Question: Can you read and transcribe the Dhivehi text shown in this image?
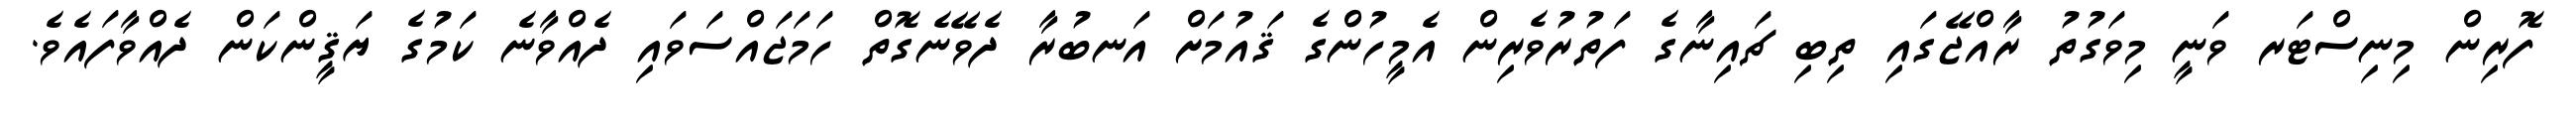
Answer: ފޮރިން މިނިސްޓަރ ވަނީ މިވަގުތު ރާއްޖޭގައި ތިބި ޗައިނާގެ ފަތުރުވެރިން އެމީހުންގެ ޤައުމަށް އަނބުރާ ދެވޭނެގޮތް ހަމަޖައްސަވައި ދެއްވާނެ ކަމުގެ ޔަޤީންކަން ދެއްވާފައެވެ.